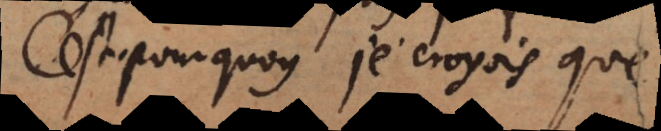
C’est pourquoy je croyois que